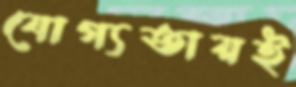
যোগ্যতায়ই